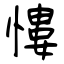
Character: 慺